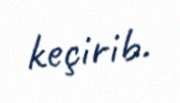
keçirib.